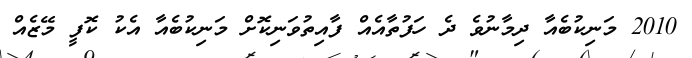
2010 މަނިކުބެއާ ދިމާނުވެ ދެ ހަފުތާއެއް ފާއިތުވަނިކޮށް މަނިކުބެއާ އެކު ކޮފީ މޭޒެއް